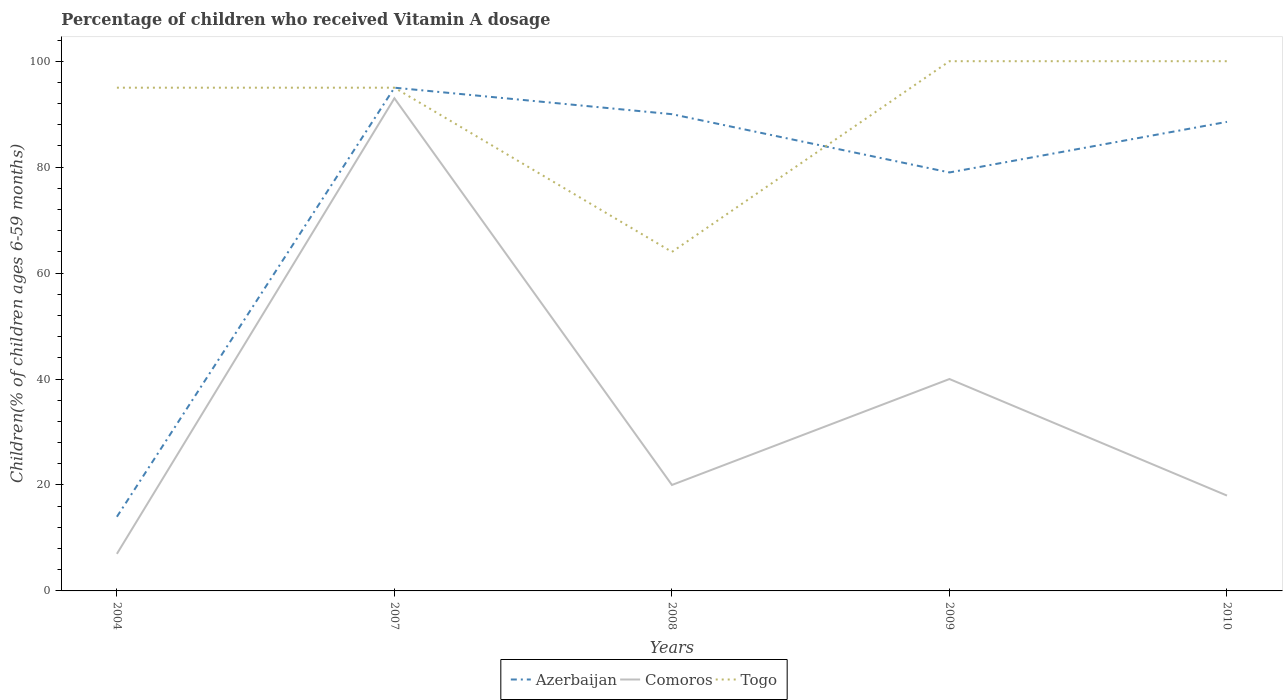
| Years | Azerbaijan | Comoros | Togo |
 | --- | --- | --- | --- |
 | 2004 | 14 | 7 | 95 |
 | 2007 | 95 | 93 | 95 |
 | 2008 | 90 | 20 | 64 |
 | 2009 | 79 | 40 | 100 |
 | 2010 | 88.5 | 18 | 100 |